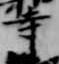
寺